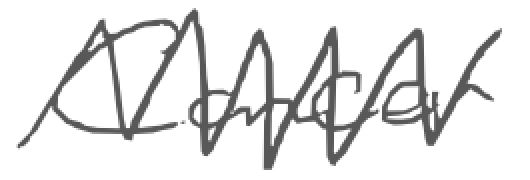
Text: Cancer
Cross-out: mix
Writing tool: digital_gray